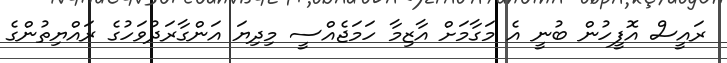
ރައީސް އޮފީހުން ބުނީ އެ މަގާމަށް އާޒިމާ ހަމަޖެއްސީ މިދިޔަ އަންގާރަދުވަހުގެ ރައްޔިތުންގެ